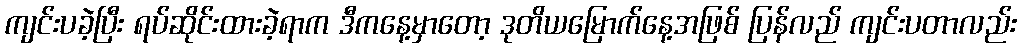
ကျင်းပခဲ့ပြီး ရပ်ဆိုင်းထားခဲ့ရာက ဒီကနေ့မှာတော့ ဒုတိယမြောက်နေ့အဖြစ် ပြန်လည် ကျင်းပတာလည်း